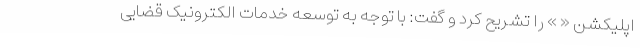
اپلیکشن « » را تشریح کرد و گفت: با توجه به توسعه خدمات الکترونیک قضایی